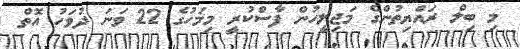
މި ބިލް ރައްޔިތުންގެ މަޖިލީހުން ފާސްކުރީ މިމަހުގެ 22 ވަނަ ދުވަހު އޮތް